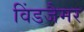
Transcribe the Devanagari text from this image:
विंडजैमर